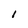
Character: i